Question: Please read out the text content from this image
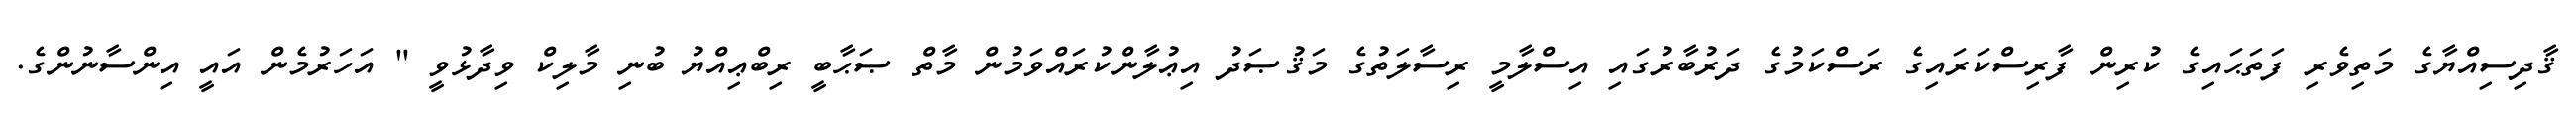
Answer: ޤާދިސިއްޔާގެ މަތިވެރި ފަތަޙައިގެ ކުރިން ފާރިސްކަރައިގެ ރަސްކަމުގެ ދަރުބާރުގައި އިސްލާމީ ރިސާލަތުގެ މަޤުޞަދު އިޢުލާންކުރައްވަމުން މާތް ޞަޙާބީ ރިބްޢިއްޔު ބުނި މާލިކް ވިދާޅުވީ " އަހަރުމެން އައީ އިންސާނުންގެ.